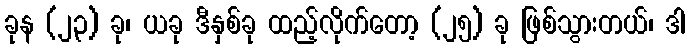
ခုန (၂၃) ခု၊ ယခု ဒီနှစ်ခု ထည့်လိုက်တော့ (၂၅) ခု ဖြစ်သွားတယ်၊ ဒါ